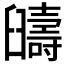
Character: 𦦰